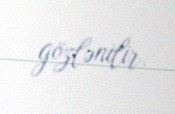
gözlənilir.